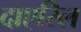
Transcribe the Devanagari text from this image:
दाएरिल